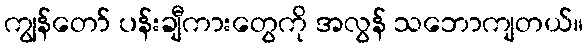
ကျွန်တော် ပန်းချီကားတွေကို အလွန် သဘောကျတယ်။